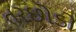
તરછોડો